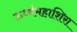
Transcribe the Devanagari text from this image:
ऊर्ध्वमहाशिरा